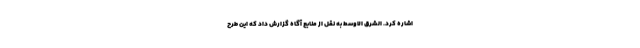
اشاره کرد. الشرق الاوسط به نقل از منابع آگاه گزارش داد که این طرح